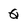
Character: Q